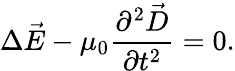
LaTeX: \Delta\vec{E}-\mu_{0}\frac{\partial^{2}\vec{D}}{\partial t^{2}}=0.